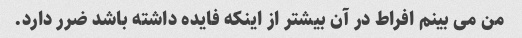
من می بینم افراط در آن بیشتر از اینکه فایده داشته باشد ضرر دارد.